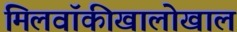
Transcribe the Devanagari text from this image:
मिलवॉकीखालोखाल